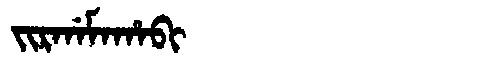
Manchu: ᠵᡳᡵᡤᠠᠮᠠᡥᠠᠪᡳ
Romanization: JIRGAMAHABI